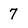
Character: 7